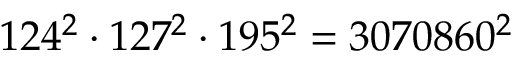
1 2 4 ^ { 2 } \cdot 1 2 7 ^ { 2 } \cdot 1 9 5 ^ { 2 } = 3 0 7 0 8 6 0 ^ { 2 }